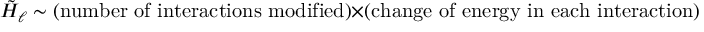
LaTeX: \tilde { \cal H } _ { \ell } \sim ( \mathrm { n u m b e r ~ o f ~ i n t e r a c t i o n s ~ m o d i f i e d } ) \times ( \mathrm { c h a n g e ~ o f ~ e n e r g y ~ i n ~ e a c h ~ i n t e r a c t i o n } ) \sim N _ { c } \times N _ { c } ^ { - 1 } \sim N _ { c } ^ { 0 } \sim \lambda ^ { 0 } .